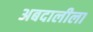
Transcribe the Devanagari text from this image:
अबदालीला